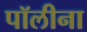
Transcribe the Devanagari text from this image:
पॉलीना